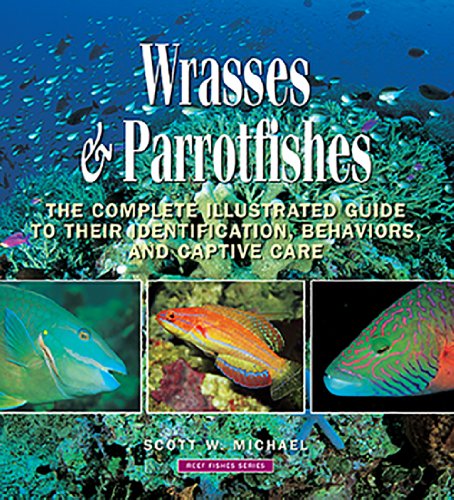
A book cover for Wrasses & Parrotfishes (Reef Fishes); Scott W. Michael; Crafts, Hobbies & Home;